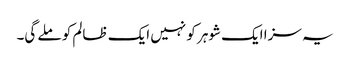
یہ سزا ایک شوہر کو نہیں ایک ظالم کو ملے گی۔